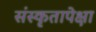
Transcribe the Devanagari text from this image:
संस्कृतापेक्षा